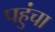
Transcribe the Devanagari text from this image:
पहुुंचा